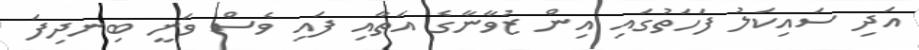
އަދި ސައިކަލު ފަހަތުގައި އިން ޒުވާނާގެ އަތާއި ފައި ވެސް ވަނީ ބިނދިފަ